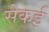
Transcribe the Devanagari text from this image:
सेकई